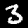
Label: 3